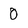
Character: O